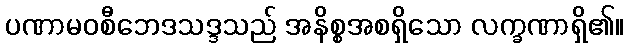
ပဏာမဝစီဘေဒသဒ္ဒသည် အနိစ္စအစရှိသော လက္ခဏာရှိ၏။